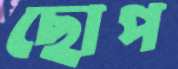
ছোপ